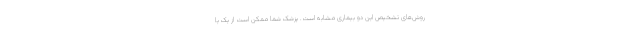
روش‌های تشخیص این دو بیماری مشابه است. پزشک شما ممکن است از یک یا